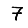
Digit: 7